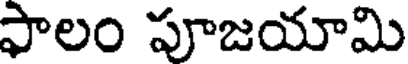
ఫాలం పూజయామి